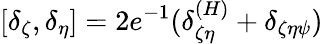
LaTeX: [\delta_{\zeta},\delta_{\eta}]=2e^{-1}(\delta_{\zeta\eta}^{(H)}+\delta_{\zeta\eta\psi})